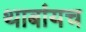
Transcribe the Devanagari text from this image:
थाबांयच